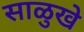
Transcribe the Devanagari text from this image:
साळुखे